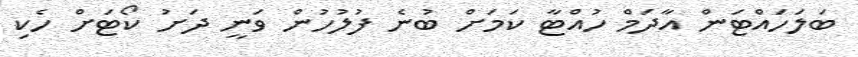
ބަލަހައްޓަން އާދަމް ހުއްޓާ ކަމަށް ބުނެ ފުލުހުން ވަނީ ދަށު ކޯޓަށް ހެކި